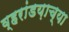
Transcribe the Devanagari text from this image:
व्हरांडय़ाच्या